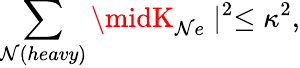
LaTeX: \sum_{\mathcal{N}(heavy)}\midK_{\mathcal{N}e}\mid^{2}\leq\kappa^{2},